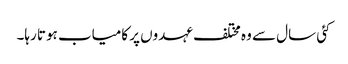
کئی سال سے وہ مختلف عہدوں پر کامیاب ہوتا رہا۔